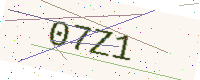
Text: 07Z1